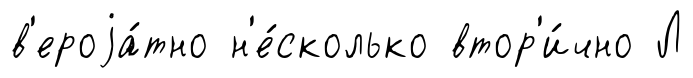
в'ероjа́тно н'е́сколько втор'и́чно Л